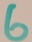
Text: 6